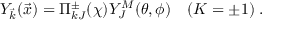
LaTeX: { \cal Y } _ { \vec { k } } ( \vec { x } ) = \Pi _ { k J } ^ { \pm } ( \chi ) Y _ { J } ^ { M } ( \theta , \phi ) \quad ( K = \pm 1 ) \; .